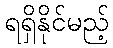
ရရှိနိုင်မည့်